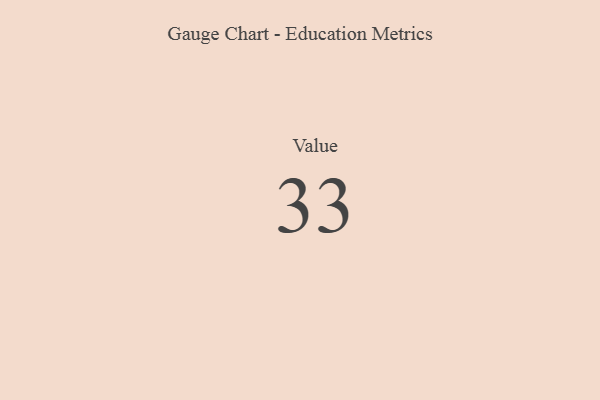
{"axis": {"x": "Metric", "y": "Value"}, "legend": [""], "data": [{"x": "Value", "y": 33, "type": ""}]}